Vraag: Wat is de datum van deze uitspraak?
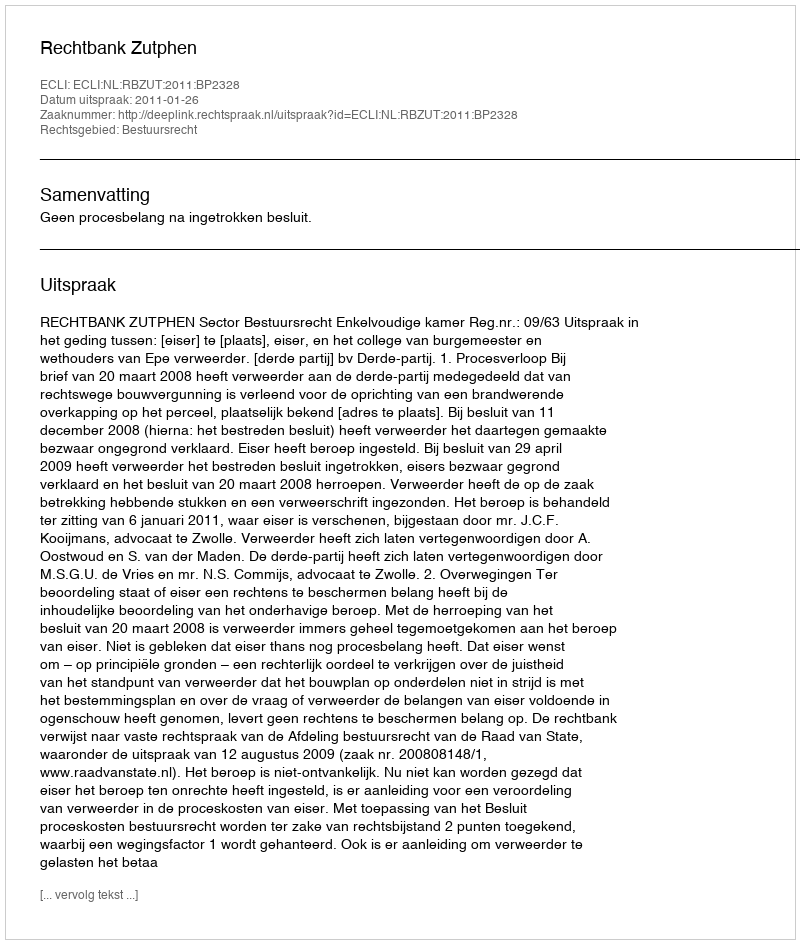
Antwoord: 2011-01-26